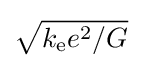
{\sqrt {{k_{\text{e}}e^{2}}/{G}}}